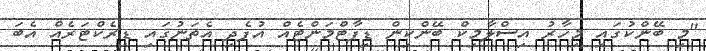
"މި ބޭންކުގައި މިހާރު އިސްލާމިކް ބޭންކިން ޑިޕާޓްމަންޓެއް އުފެދި އެތަނުގައި ޑިރެކްޓަރެއް އެބަ